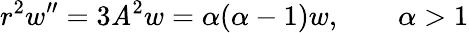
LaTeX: r^{2}w^{\prime\prime}=3\mathit{A}^{2}w=\alpha(\alpha-1)w,\qquad\alpha>1